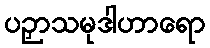
ပဉှာသမုဒါဟာရော